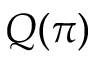
Q ( \pi )